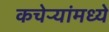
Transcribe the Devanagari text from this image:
कचेऱ्यांमध्ये